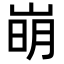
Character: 𡹌